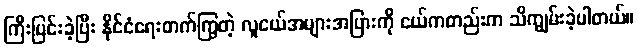
ကြီးပြင်းခဲ့ပြီး နိုင်ငံရေးတက်ကြွတဲ့ လူငယ်အများအပြားကို ငယ်ကတည်းက သိကျွမ်းခဲ့ပါတယ်။